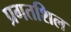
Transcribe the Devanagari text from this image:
प्रगतशिल